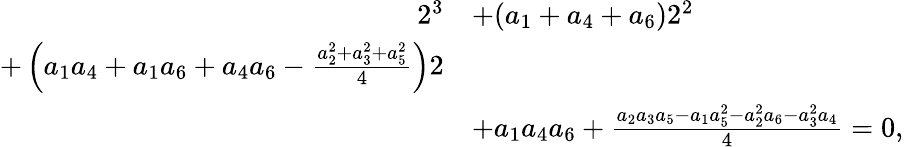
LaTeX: \begin{array}{rl}{2^{3}}&{+(a_{1}+a_{4}+a_{6})2^{2}}\\ {+\left(a_{1}a_{4}+a_{1}a_{6}+a_{4}a_{6}-\frac{a_{2}^{2}+a_{3}^{2}+a_{5}^{2}}{4}\right)2}\\ &{+a_{1}a_{4}a_{6}+\frac{a_{2}a_{3}a_{5}-a_{1}a_{5}^{2}-a_{2}^{2}a_{6}-a_{3}^{2}a_{4}}{4}=0,}\end{array}